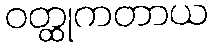
ဝတ္ထုကတာယ